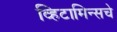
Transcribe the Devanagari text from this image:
व्हिटामिन्‍सचे